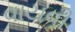
વાયવી